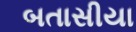
બતાસીયા